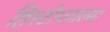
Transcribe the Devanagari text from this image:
हिस्टोप्लाज़्मा